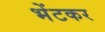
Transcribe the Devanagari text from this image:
भेंटकर